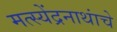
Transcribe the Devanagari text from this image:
मत्स्येंद्रनाथांचे